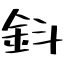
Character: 鈄